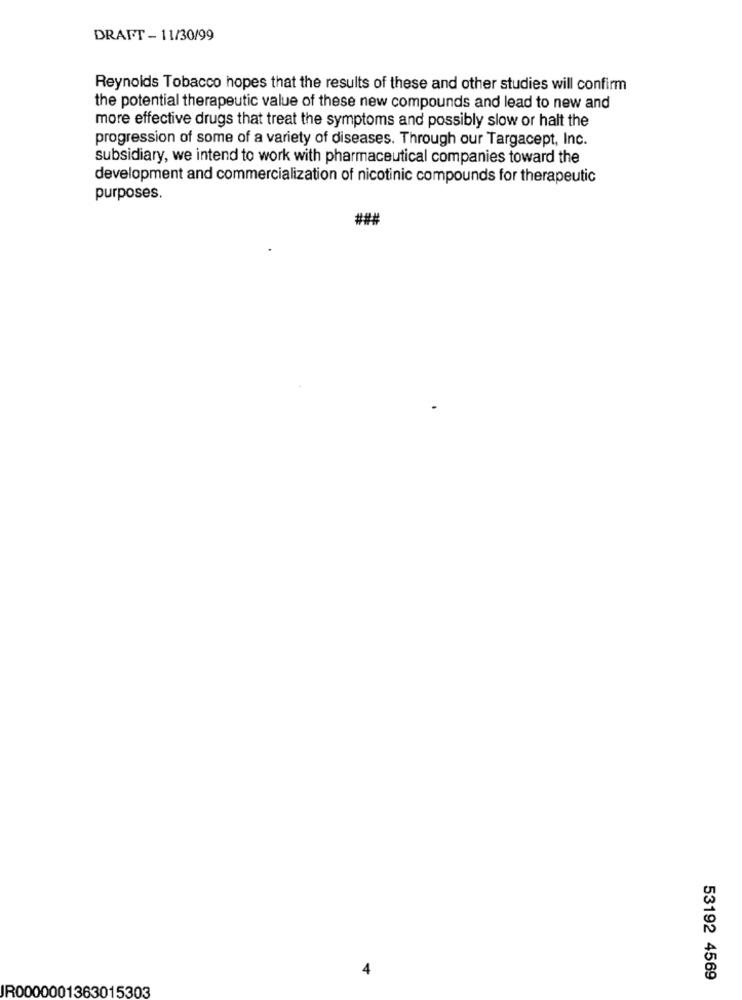
DRAFT - 11/30/99
Reynolds Tobacco hopes that the results of these and other studies will confirm
the potential therapeutic value of these new compounds and lead to new and
more effective drugs that treat the symptoms and possibly slow or halt the
progression of some of a variety of diseases. Through our Targacept, Inc.
subsidiary, we intend to work with pharmaceutical companies toward the
development and commercialization of nicotinic compounds for therapeutic
purposes.
###
53192 4569
IR0000001363015303